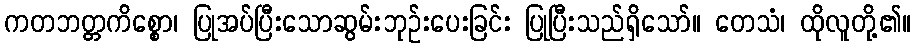
ကတဘတ္တကိစ္စော၊ ပြုအပ်ပြီးသောဆွမ်းဘုဉ်းပေးခြင်း ပြုပြီးသည်ရှိသော်။ တေသံ၊ ထိုလူတို့၏။